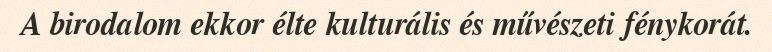
A birodalom ekkor élte kulturális és művészeti fénykorát.